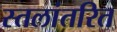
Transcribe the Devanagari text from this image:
स्तलांतरित